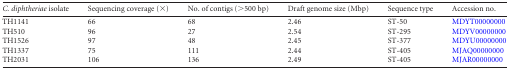
<table><thead><tr><td><b><i>C. diphtheriae</i> isolate</b></td><td><b>Sequencing coverage (×)</b></td><td><b>No. of contigs (&gt;500 bp)</b></td><td><b>Draft genome size (Mbp)</b></td><td><b>Sequence type</b></td><td><b>Accession no.</b></td></tr></thead><tbody><tr><td>TH1141</td><td>66</td><td>68</td><td>2.46</td><td>ST-50</td><td>MDYT00000000</td></tr><tr><td>TH510</td><td>96</td><td>27</td><td>2.54</td><td>ST-295</td><td>MDYV00000000</td></tr><tr><td>TH1526</td><td>97</td><td>48</td><td>2.45</td><td>ST-377</td><td>MDYU00000000</td></tr><tr><td>TH1337</td><td>75</td><td>111</td><td>2.44</td><td>ST-405</td><td>MJAQ00000000</td></tr><tr><td>TH2031</td><td>106</td><td>136</td><td>2.49</td><td>ST-405</td><td>MJAR00000000</td></tr></tbody></table>